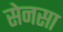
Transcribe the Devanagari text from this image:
सेनसा